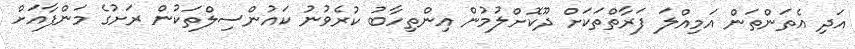
އަދި އެތަންތަން އަމިއްލަ ފަރާތްތަކަށް ދޫކޮށްލުމުން އިންތިހާބު ކުރެވުނު ކައުންސިލްތަކުން ރަށުގެ މަންފާއަށް